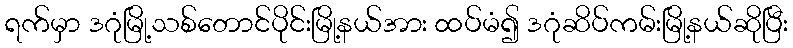
ရက်မှာ ဒဂုံမြို့သစ်တောင်ပိုင်းမြို့နယ်အား ထပ်မံ၍ ဒဂုံဆိပ်ကမ်းမြို့နယ်ဆိုပြီး